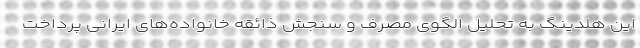
این هلدینگ به تحلیل الگوی مصرف و سنجش ذائقه خانواده‌های ایرانی پرداخت